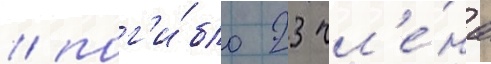
/ пог'и́бло 23 чл'е́на